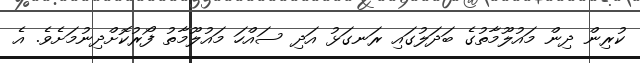
ކުރިން ދިން މައުލޫމާތުގެ ބަދަލުގައި ރަނގަޅު އަދި ސައްހަ މައުލޫމާތު ފޯރުކޮށްދިނުމަށެވެ. އެ